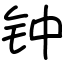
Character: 钟